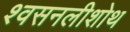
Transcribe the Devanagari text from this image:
श्वसनलीशोथ